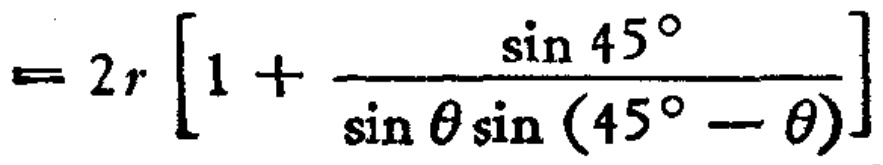
$= 2r \left[1 + \frac{\sin 45^{\circ}}{\sin \theta \sin (45^{\circ} - \theta)}\right]$